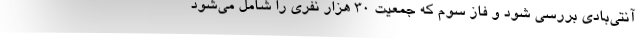
آنتی‌بادی بررسی شود و فاز سوم که جمعیت 30 هزار نفری را شامل می‌شود